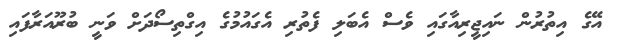
އޭގެ އިތުރުން ނައިޖީރިއާގައި ވެސް އެބަލި ފެތުރި އެގައުމުގެ އިގްތިސޯދަށް ވަނީ ބުރޫއަރާފައި